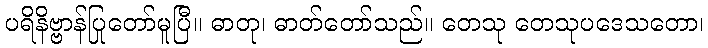
ပရိနိဗ္ဗာန်ပြုတော်မူပြီ။ ဓာတု၊ ဓာတ်တော်သည်။ တေသု တေသုပဒေသတော၊